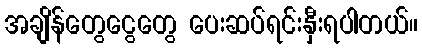
အချိန်တွေငွေတွေ ပေးဆပ်ရင်းနှီးရပါတယ်။